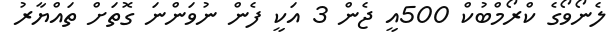
ލެނޯވޯގެ ކްރޯމްބުކް 500އީ ޖެން 3 އަކީ ފެން ނުވަންނަ ގޮތަށް ތައްޔާރު